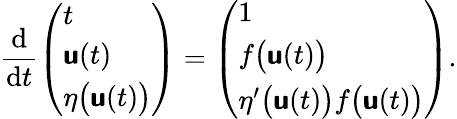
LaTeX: \frac{\mathrm{d}}{\mathrm{d}t}\left(\begin{array}{l}{t}\\ {\mathbf{\boldsymbol{\mathsf{u}}}(t)}\\ {\eta\bigl(\mathbf{\boldsymbol{\mathsf{u}}}(t)\bigr)}\end{array}\right)=\left(\begin{array}{l}{1}\\ {f\bigl(\mathbf{\boldsymbol{\mathsf{u}}}(t)\bigr)}\\ {\eta^{\prime}\bigl(\mathbf{\boldsymbol{\mathsf{u}}}(t)\bigr)f\bigl(\mathbf{\boldsymbol{\mathsf{u}}}(t)\bigr)}\end{array}\right).